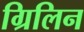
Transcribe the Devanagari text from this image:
ग्रिलिन